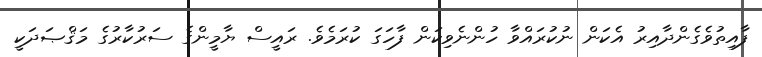
ފާއިތުވެގެންދާއިރު އެކަން ނުކުރައްވާ ހުންނެވިކަން ފާހަގަ ކުރަމެވެ. ރައީސް ޔާމީންގެ ސަރުކާރުގެ މަޤްޞަދަކީ